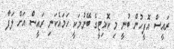
ރައީސް އޮފީހުން ބުނީ މި ކޮމިޓީގެ ބޭނުމަކީ ހަމައެކަނި ރައީސް އަށް ލަފާ